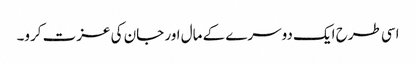
اسی طرح ایک دوسرے کے مال اور جان کی عزت کرو۔